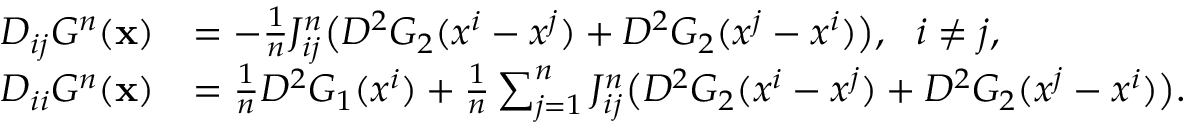
\begin{array} { r l } { D _ { i j } G ^ { n } ( \mathbf { x } ) } & { = - \frac { 1 } { n } J _ { i j } ^ { n } \big ( D ^ { 2 } G _ { 2 } ( x ^ { i } - x ^ { j } ) + D ^ { 2 } G _ { 2 } ( x ^ { j } - x ^ { i } ) \big ) , \ \ i \neq j , } \\ { D _ { i i } G ^ { n } ( \mathbf { x } ) } & { = \frac { 1 } { n } D ^ { 2 } G _ { 1 } ( x ^ { i } ) + \frac { 1 } { n } \sum _ { j = 1 } ^ { n } J _ { i j } ^ { n } \big ( D ^ { 2 } G _ { 2 } ( x ^ { i } - x ^ { j } ) + D ^ { 2 } G _ { 2 } ( x ^ { j } - x ^ { i } ) \big ) . } \end{array}